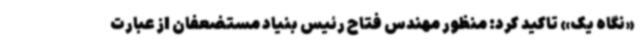
«نگاه یک» تاکید کرد: منظور مهندس فتاح رئیس بنیاد مستضعفان از عبارت